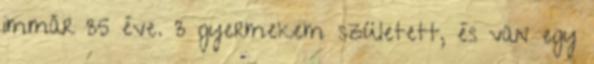
immár 35 éve. 3 gyermekem született, és van egy